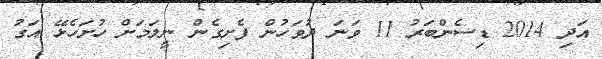
އަދި 2014 ޑިސެންބަރު 11 ވަނަ ދުވަހުން ފެށިގެން ނީލަމަށް ހުށަހެޅޭ އަގު